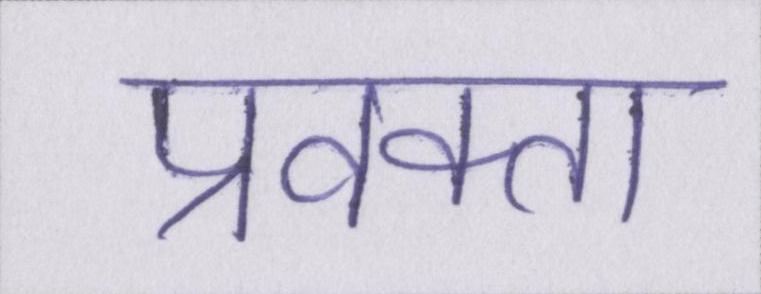
प्रवक्ता